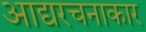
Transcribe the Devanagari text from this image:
आद्यरचनाकार